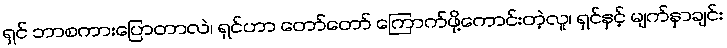
ရှင် ဘာစကားပြောတာလဲ၊ ရှင်ဟာ တော်တော် ကြောက်ဖို့ကောင်းတဲ့လူ၊ ရှင်နှင့် မျက်နှာချင်း